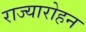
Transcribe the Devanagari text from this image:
राज्यारोहन